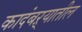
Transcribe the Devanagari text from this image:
कादंबऱ्यातील